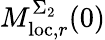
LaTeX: M_{\mathrm{loc},r}^{\Sigma_{2}}(0)